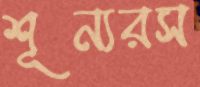
শূন্যরস